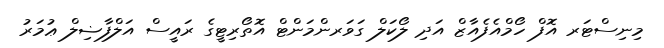
މިނިސްޓަރ އޮފް ހޯމްއެފެއާޒް އަދި ލޯކަލް ގަވަރންމަންޓް އޮތޯރިޓީގެ ރައީސް އަލްފާޟިލް ޢުމަރު